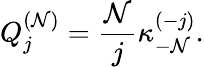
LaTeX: Q_{j}^{(\mathcal{N})}=\frac{{\mathcal{N}}}{{j}}\kappa_{-\mathcal{N}}^{(-j)}.